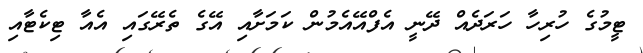
ޓީމުގެ ހުރިހާ ހަރަދެއް ދޭނީ އެފްއޭއެމުން ކަމަށާއި އޭގެ ތެރޭގައި އެއާ ޓިކެޓާއި